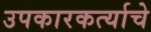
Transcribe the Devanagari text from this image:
उपकारकर्त्याचे